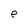
Character: e